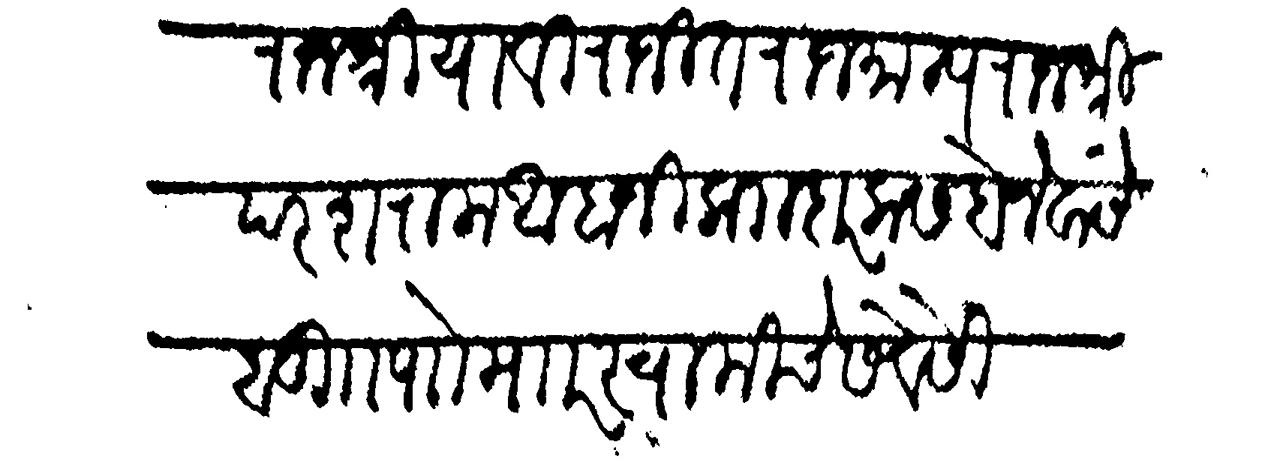
Transliteration (Devanagari): राजश्रिया विराजित राजमान्य राजश्री परशराम आबाजी कदार कसबे नेवांसे बु पाो माार स्वामीचे सेवेसी